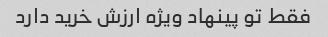
فقط تو پینهاد ویژه ارزش خرید دارد